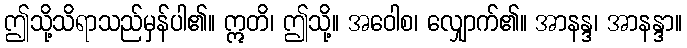
ဤသို့သိရာသည်မှန်ပါ၏။ ဣတိ၊ ဤသို့။ အဝေါစ၊ လျှောက်၏။ အာနန္ဒ၊ အာနန္ဒာ။